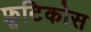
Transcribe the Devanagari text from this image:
फ्रूटिकोस